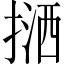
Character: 𢱛